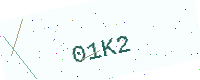
Text: 01K2